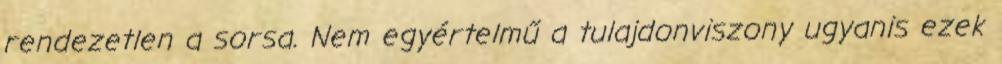
rendezetlen a sorsa. Nem egyértelmű a tulajdonviszony ugyanis ezek